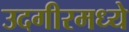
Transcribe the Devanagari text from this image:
उदगीरमध्ये